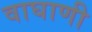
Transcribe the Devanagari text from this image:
वाघाणी